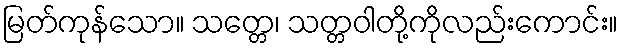
မြတ်ကုန်သော။ သတ္တေ၊ သတ္တဝါတို့ကိုလည်းကောင်း။